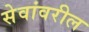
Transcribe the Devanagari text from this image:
सेवांवरील